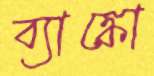
ব্যাঙ্কো